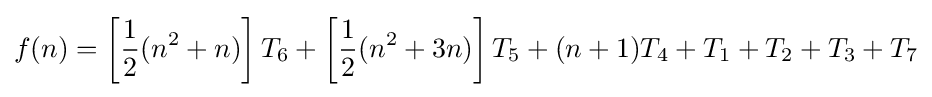
f(n)=\left[{\frac {1}{2}}(n^{2}+n)\right]T_{6}+\left[{\frac {1}{2}}(n^{2}+3n)\right]T_{5}+(n+1)T_{4}+T_{1}+T_{2}+T_{3}+T_{7}